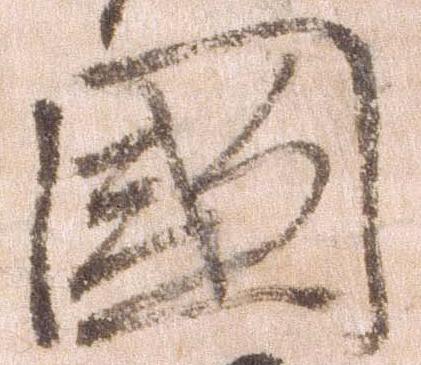
国